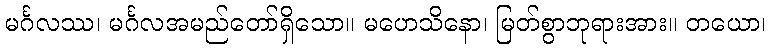
မင်္ဂလဿ၊ မင်္ဂလအမည်တော်ရှိသော။ မဟေသိနော၊ မြတ်စွာဘုရားအား။ တယော၊